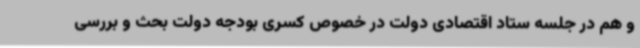
و هم در جلسه ستاد اقتصادی دولت در خصوص کسری بودجه دولت بحث و بررسی